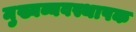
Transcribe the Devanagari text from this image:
मुख्यव्यवस्थापक